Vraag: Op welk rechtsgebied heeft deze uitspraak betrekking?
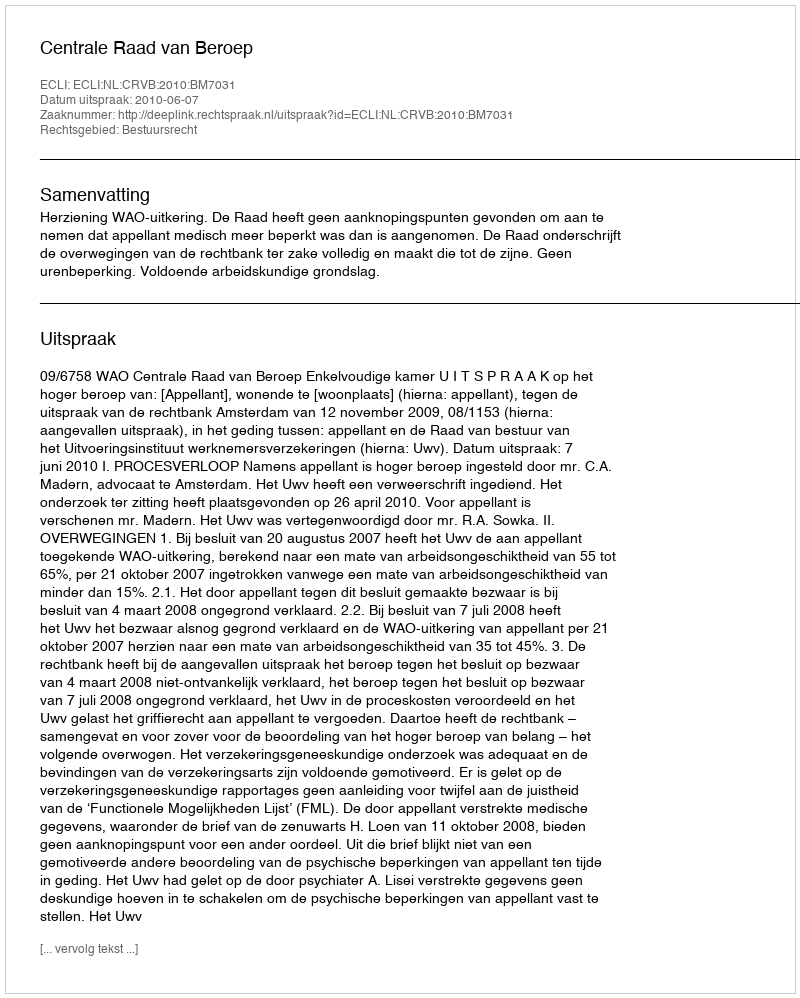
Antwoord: Bestuursrecht